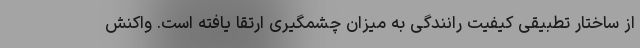
از ساختار تطبیقی کیفیت رانندگی به میزان چشمگیری ارتقا یافته است. واکنش